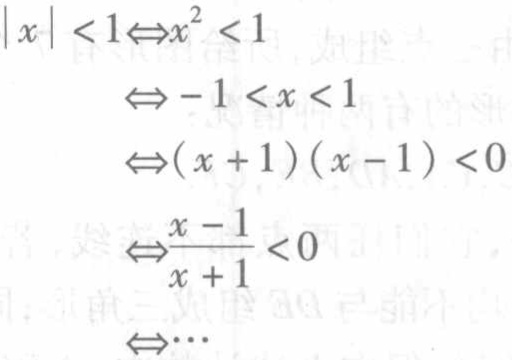
\[
\begin{align*}
|x| < 1&\Leftrightarrow x^{2}<1\\
&\Leftrightarrow - 1<x<1\\
&\Leftrightarrow(x + 1)(x - 1)<0\\
&\Leftrightarrow\frac{x - 1}{x + 1}<0\\
&\Leftrightarrow\cdots
\end{align*}
\]